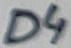
Text: D4